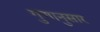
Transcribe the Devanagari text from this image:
गुणानुसार